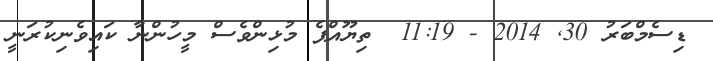
ޑިސެމްބަރު 30